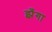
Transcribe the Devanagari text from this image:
झँगा